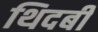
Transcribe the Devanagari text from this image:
थिदबी